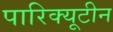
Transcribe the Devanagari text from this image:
पारिक्यूटीन